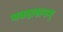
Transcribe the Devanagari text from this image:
भवदासनम्